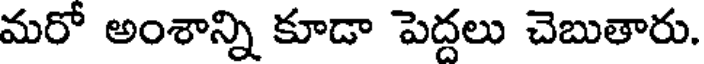
మరో అంశాన్ని కూడా పెద్దలు చెబుతారు.